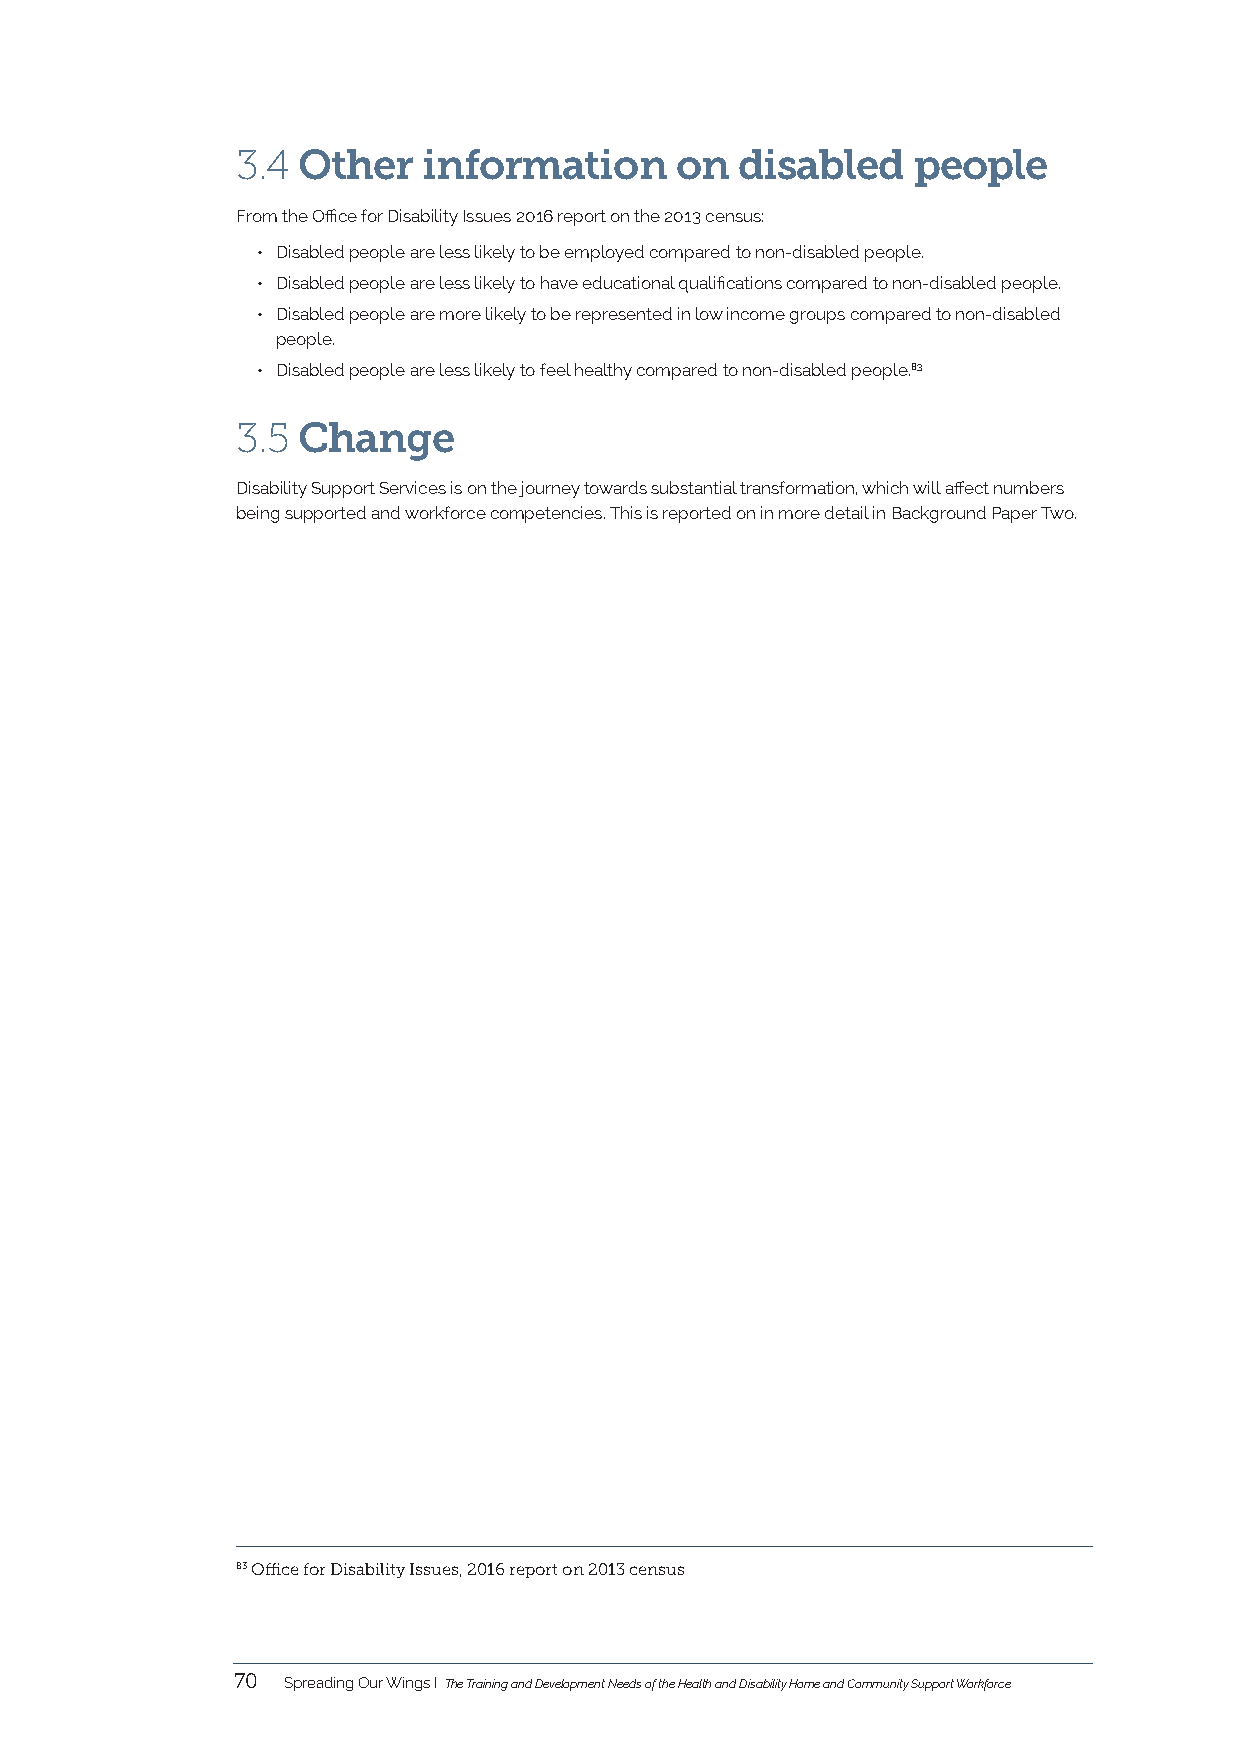
3.4 Other   information      on  disabled   people
 From the Office for Disability Issues 2016 report on the 2013 census:
 • Disabled people are less likely to be employed compared to non-disabled people.
 • Disabled people are less likely to have educational qualifications compared to non-disabled people.
 • Disabled people are more likely to be represented in low income groups compared to non-disabled
 people.
 • Disabled people are less likely to feel healthy compared to non-disabled people.83
 3.5 Change
 Disability Support Services is on the journey towards substantial transformation, which will affect numbers
 being supported and workforce competencies. This is reported on in more detail in Background Paper Two.
 83 Office for Disability Issues, 2016 report on 2013 census
 70  Spreading Our Wings I The Training and Development Needs of the Health and Disability Home and Community Support Workforce